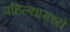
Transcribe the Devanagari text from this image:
पहिल्यामध्ये